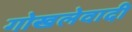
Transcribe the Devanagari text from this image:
गोखलेवादी